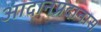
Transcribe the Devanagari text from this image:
आदानप्रदानास